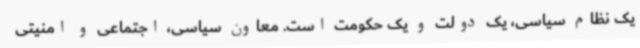
یک نظام سیاسی، یک دولت و یک حکومت است. معاون سیاسی، اجتماعی و امنیتی